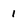
Character: 1